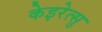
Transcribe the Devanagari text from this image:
केइरेत्सु